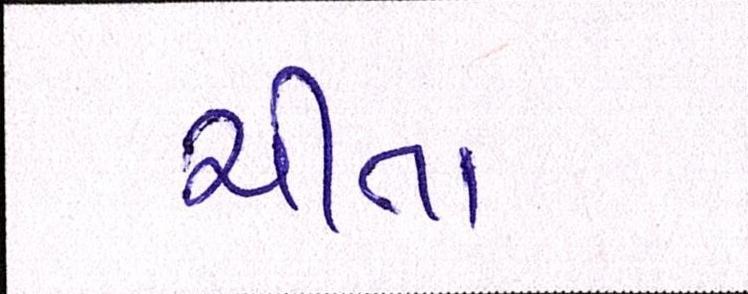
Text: ચીતા